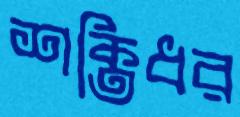
শক্তিধর